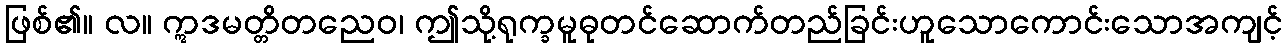
ဖြစ်၏။ လ။ ဣဒမတ္တိတညေဝ၊ ဤသို့ရုက္ခမူဓုတင်ဆောက်တည်ခြင်းဟူသောကောင်းသောအကျင့်